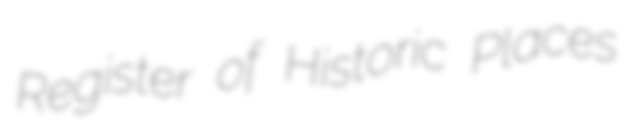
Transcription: Register of Historic Places